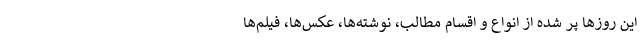
این روزها پر شده از انواع و اقسام مطالب، نوشته‌‌ها، عکس‌ها، فیلم‌ها